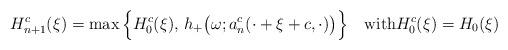
LaTeX: \begin{align*}H_{n+1}^c(\xi)=\max\Big\{H_0^c(\xi),\,h_+\big(\omega;a_{n}^c(\cdot+\xi+c,\cdot)\big) \Big\}\quad\hbox{with}H_{0}^c(\xi)=H_0(\xi)\end{align*}